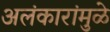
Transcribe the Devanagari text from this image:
अलंकारांमुळे